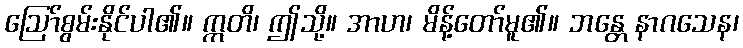
ဩော်စွမ်းနိုင်ပါ၏။ ဣတိ၊ ဤသို့။ အာဟ၊ မိန့်တော်မူ၏။ ဘန္တေ နာဂသေန၊